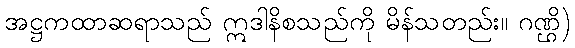
အဋ္ဌကထာဆရာသည် ဣဒါနိစသည်ကို မိန်သတည်း။ ဂဏ္ဌိ)